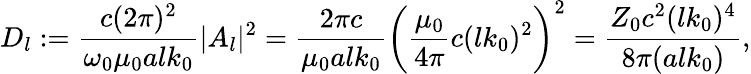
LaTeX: D_{l}:=\frac{c(2\pi)^{2}}{\omega_{0}\mu_{0}alk_{0}}|A_{l}|^{2}=\frac{2\pi c}{\mu_{0}alk_{0}}\bigg(\frac{\mu_{0}}{4\pi}c(lk_{0})^{2}\bigg)^{2}=\frac{Z_{0}c^{2}(lk_{0})^{4}}{8\pi(alk_{0})},